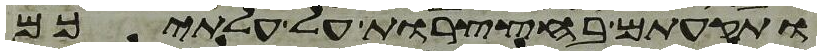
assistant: ותקעתם בחצצרות על עלתיכם